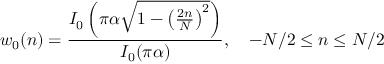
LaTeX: w _ { 0 } ( n ) = { \frac { I _ { 0 } \left( \pi \alpha { \sqrt { 1 - \left( { \frac { 2 n } { N } } \right) ^ { 2 } } } \right) } { I _ { 0 } ( \pi \alpha ) } } , \quad - N / 2 \leq n \leq N / 2